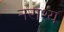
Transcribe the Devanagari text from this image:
नराश्य